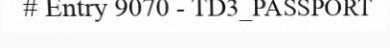
# Entry 9070 - TD3_PASSPORT